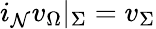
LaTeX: i_{\mathcal{N}}v_{\Omega}|_{\Sigma}=v_{\Sigma}